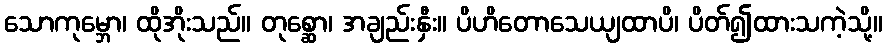
သောကုမ္ဘော၊ ထိုအိုးသည်။ တုစ္ဆော၊ အချည်းနှီး။ ပိဟိတောသေယျထာပိ၊ ပိတ်၍ထားသကဲ့သို့။